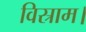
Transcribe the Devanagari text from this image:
विस्राम।